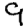
Digit: 9